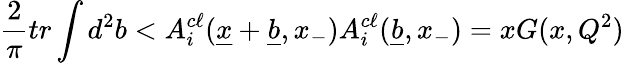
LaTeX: {\frac{2}{\pi}}tr\int d^{2}b<A_{i}^{c\ell}(\underline{{{x}}}+\underline{{{b}}},x_{-})A_{i}^{c\ell}(\underline{{{b}}},x_{-})=xG(x,Q^{2})